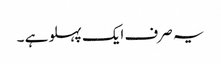
یہ صرف ایک پہلو ہے ۔